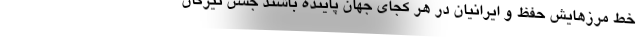
خط مرزهایش حفظ و ایرانیان در هر کجای جهان پاینده باشند جشن تیرگان